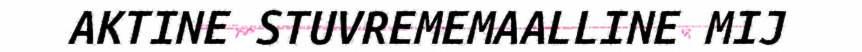
AKTINE STUVREMEMAALLINE MIJ